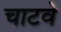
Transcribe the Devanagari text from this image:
चाटवे